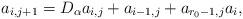
LaTeX: \begin{align*}a_{i,j+1} = D_\alpha a_{i,j}+a_{i-1,j} + a_{r_0-1,j} a_i ,\end{align*}